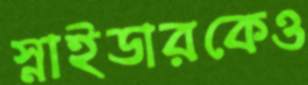
স্নাইডারকেও